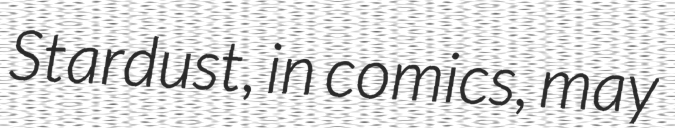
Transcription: Stardust, in comics, may